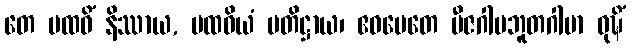
တေ ပထဝိံ နိဿာယ, ပထဝိယံ ပတိဋ္ဌာယ၊ ဧဝမေတေ ဗီဇဂါမဘူတဂါမာ ဝုဍ္ဎိံ